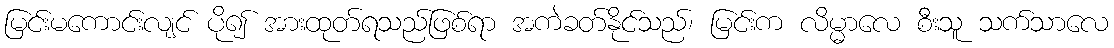
မြင်းမကောင်းလျင် ပို၍ အားထုတ်ရသည်ဖြစ်ရာ အကဲခတ်နိုင်သည်၊ မြင်းက လိမ္မာလေ စီးသူ သက်သာလေ